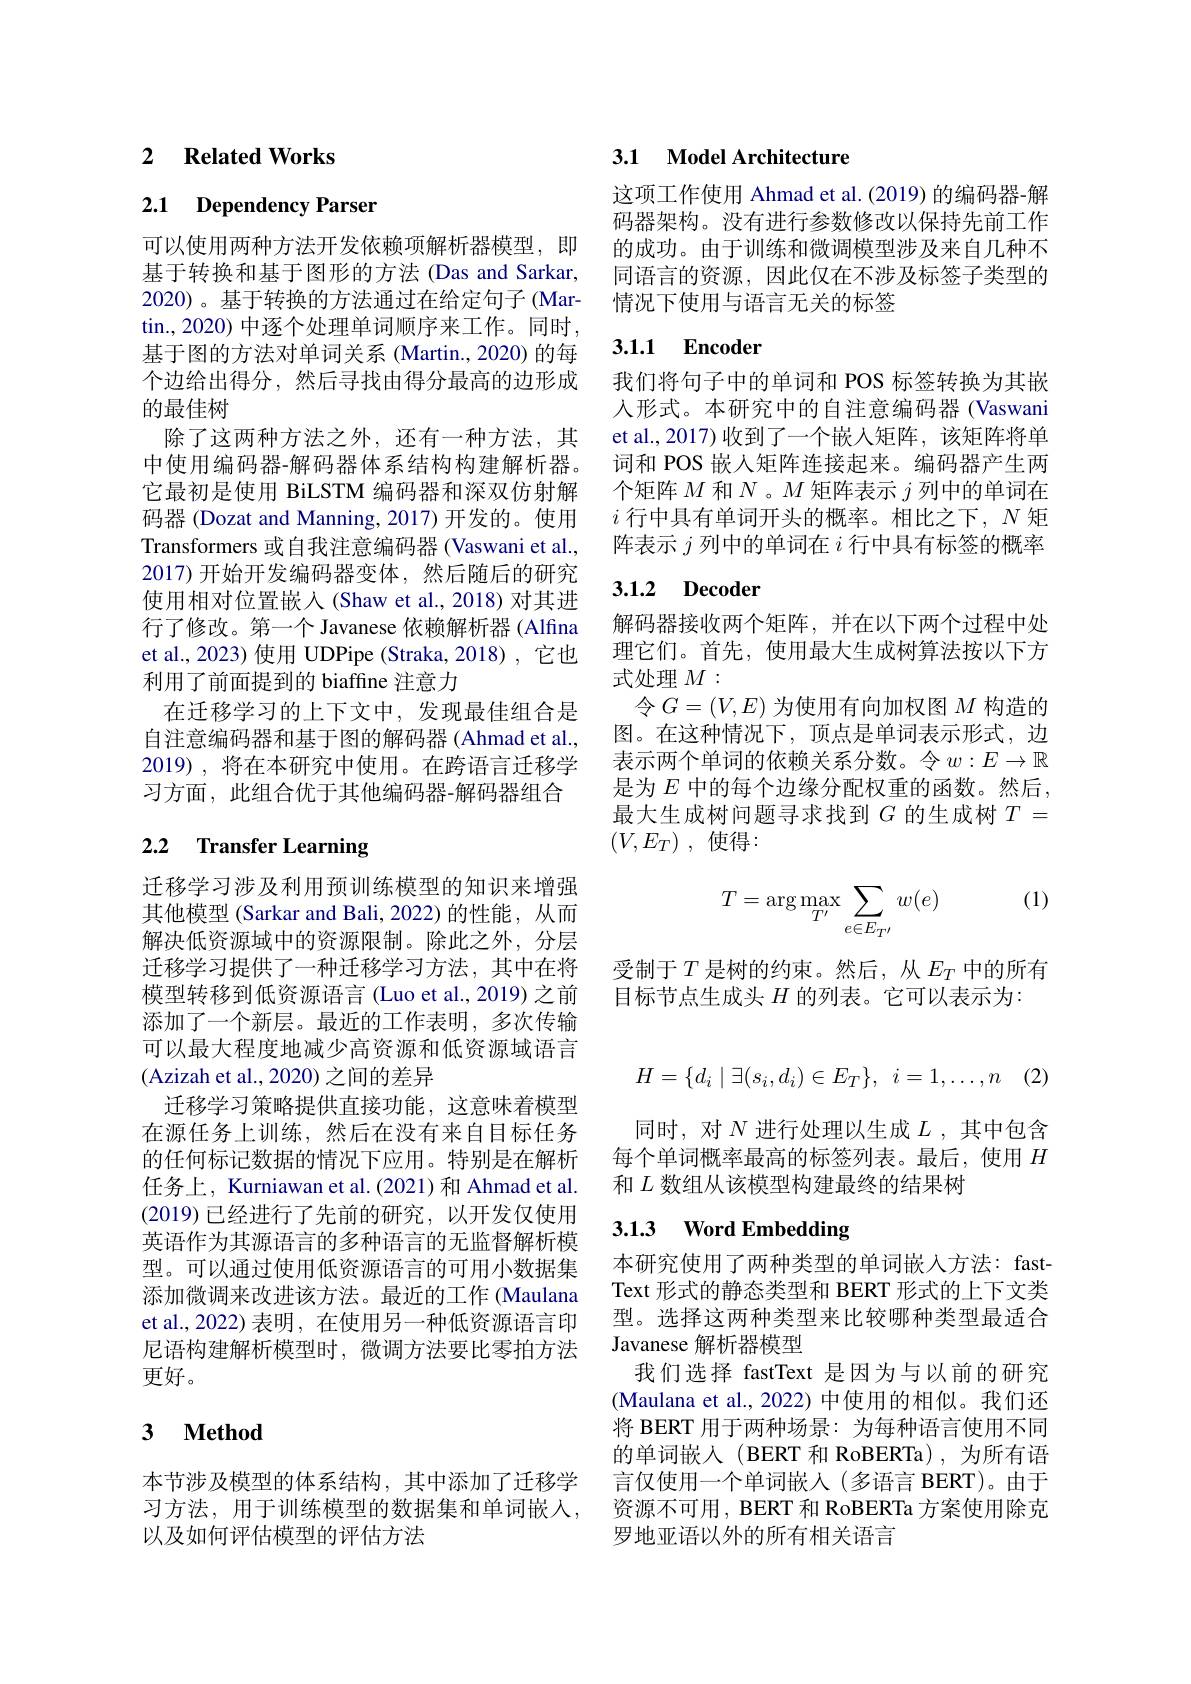
## 2 $\textbf{Related Works}$

# 2.1 Dependency Parser

可以使用两种方法开发依赖项解析器模型，即基于转换和基于图形的方法 (Das and Sarkar, 2020)。基于转换的方法通过在给定句子(Mar- $\tan.,2020)$ 中逐个处理单词顺序来工作。同时， 基于图的方法对单词关系 (Martin., 2020) 的每个边给出得分，然后寻找由得分最高的边形成的最佳树
除了这两种方法之外，还有一种方法，其中使用编码器-解码器体系结构构建解析器。它最初是使用 BiLSTM 编码器和深双仿射解码器 (Dozat and Manning, 2017) 开发的。使用Transformers 或自我注意编码器 (Vaswani et al., 2017)开始开发编码器变体，然后随后的研究使用相对位置嵌入(Shaw et al.,2018) 对其进行了修改。第一个 Javanese 依赖解析器 (Alfina et al., 2023) 使用 UDPipe (Straka, 2018) , 它也利用了前面提到的 biaffne 注意力
在迁移学习的上下文中，发现最佳组合是自注意编码器和基于图的解码器 (Ahmad et al., 2019),将在本研究中使用。在跨语言迁移学习方面，此组合优于其他编码器-解码器组合

## 2.2 $\textbf{Transfer Learning}$

迁移学习涉及利用预训练模型的知识来增强其他模型 (Sarkar and Bali, 2022) 的性能 , 从而解决低资源域中的资源限制。除此之外，分层迁移学习提供了一种迁移学习方法，其中在将模型转移到低资源语言(Luo et al., 2019) 之前添加了一个新层。最近的工作表明，多次传输可以最大程度地减少高资源和低资源域语言(Azizah et al., 2020) 之间的差异
迁移学习策略提供直接功能，这意味着模型在源任务上训练，然后在没有来自目标任务的任何标记数据的情况下应用。特别是在解析任务上，Kurniawan et al. (2021) 和 Ahmad et al. (2019)已经进行了先前的研究，以开发仅使用英语作为其源语言的多种语言的无监督解析模型。可以通过使用低资源语言的可用小数据集添加微调来改进该方法。最近的工作 (Maulana et al.,2022) 表明，在使用另一种低资源语言印尼语构建解析模型时，微调方法要比零拍方法更好。

## 3 $\textbf{Method}$

本节涉及模型的体系结构，其中添加了迁移学习方法，用于训练模型的数据集和单词嵌入， 以及如何评估模型的评估方法

## 3.1 Model Architecture

这项工作使用 Ahmad et al. (2019) 的编码器-解码器架构。没有进行参数修改以保持先前工作的成功。由于训练和微调模型涉及来自几种不同语言的资源，因此仅在不涉及标签子类型的情况下使用与语言无关的标签

## 3.1.1 Encoder

我们将句子中的单词和 POS 标签转换为其嵌人形式。本研究中的自注意编码器(Vaswani et al.,2017)收到了一个嵌入矩阵，该矩阵将单词和 POS 嵌人矩阵连接起来。编码器产生两个矩阵$M$和$N$ 。$M$矩阵表示$j$列中的单词在$i$行中具有单词开头的概率。相比之下，$N$矩阵表示$j$列中的单词在$i$行中具有标签的概率

### 3.1.2 Decoder

解码器接收两个矩阵，并在以下两个过程中处理它们。首先，使用最大生成树算法按以下方式处理$M:$
令$G=(V,E)$为使用有向加权图$M$构造的图。在这种情况下，顶点是单词表示形式，边表示两个单词的依赖关系分数。令$w:E\to\mathbb{R}$ 是为$E$中的每个边缘分配权重的函数。然后， 最大生成树问题寻求找到$G$ 的生成树 $T=$ $( V, E_T)$ ,使得：

(1)
$$T=\arg\max_{T'}\sum_{e\in E_{T'}}w(e)$$
受制于$T$ 是树的约束。然后，从$E_T$中的所有
目标节点生成头$H$的列表。它可以表示为：
$$H=\{d_i\mid\exists(s_i,d_i)\in E_T\},\:i=1,\dots,n$$
同时，对$N$进行处理以生成$L$ ,其中包含每个单词概率最高的标签列表。最后，使用$H$ 和$L$数组从该模型构建最终的结果树

## 3.1.3 Word Embedding

本研究使用了两种类型的单词嵌人方法：fastText 形式的静态类型和 BERT 形式的上下文类型。选择这两种类型来比较哪种类型最适合Javanese 解析器模型
我们选择 fastText 是因为与以前的研究(Maulana et al., 2022) 中使用的相似。我们还将 BERT 用于两种场景：为每种语言使用不同的单词嵌人(BERT 和 RoBERTa),为所有语言仅使用一个单词嵌入(多语言 BERT)。由于资源不可用，BERT 和 RoBERTa 方案使用除克罗地亚语以外的所有相关语言